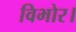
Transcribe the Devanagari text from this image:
विभोर।